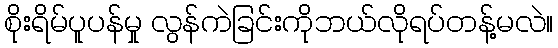
စိုးရိမ်ပူပန်မှု လွန်ကဲခြင်းကိုဘယ်လိုရပ်တန့်မလဲ။